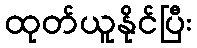
ထုတ်ယူနိုင်ပြီး